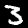
Digit: 3